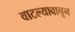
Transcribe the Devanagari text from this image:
वाटल्यावाचून